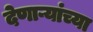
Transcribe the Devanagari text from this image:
देणाऱ्यांच्या